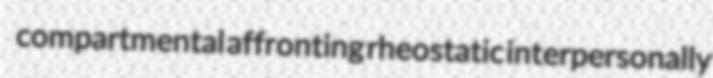
compartmental affronting rheostatic interpersonally